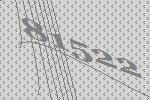
81522